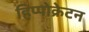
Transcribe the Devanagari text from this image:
हिप्पोक्रेटन